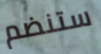
ستنضم